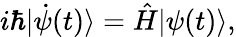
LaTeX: i\hbar|\dot{\psi}(t)\rangle=\hat{H}|\psi(t)\rangle,